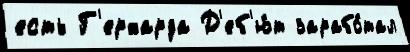
есть Г'ерхарда Д'еб'ю́т зарабо́тал